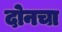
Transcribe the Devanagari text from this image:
दोनचा